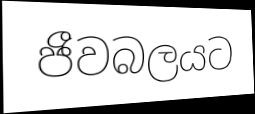
ජීවබලයට